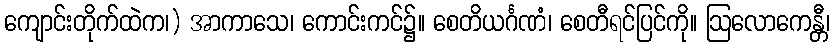
ကျောင်းတိုက်ထဲက၊) အာကာသေ၊ ကောင်းကင်၌။ စေတိယင်္ဂဏံ၊ စေတီရင်ပြင်ကို။ ဩလောကေန္တီ၊